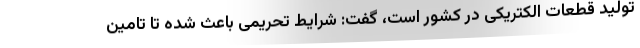
تولید قطعات الکتریکی در کشور است، گفت: شرایط تحریمی باعث شده تا تامین